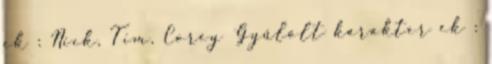
ek : Nick, Tim, Corey Gyűlölt karakter ek :